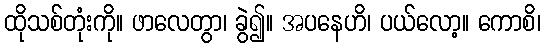
ထိုသစ်တုံးကို။ ဖာလေတွာ၊ ခွဲ၍။ အပနေဟိ၊ ပယ်လော့။ ကောစိ၊